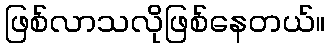
ဖြစ်လာသလိုဖြစ်နေတယ်။